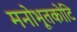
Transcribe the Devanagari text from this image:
मनोभूतकोटि